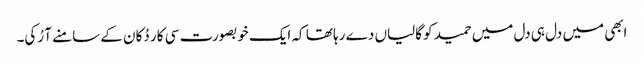
ابھی میں دل ہی دل میں حمید کو گالیاں دے رہا تھا کہ ایک خوبصورت سی کار دُکان کے سامنے آ رُکی۔